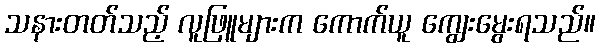
သနားတတ်သည့် လူဖြူများက ကောက်ယူ ကျွေးမွေးရသည်။